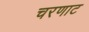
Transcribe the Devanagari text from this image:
चरणाट